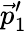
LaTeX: \vec{p}_{1}^{\prime}